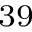
^ { 3 9 }